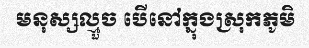
មនុស្សល្មួច បើនៅក្នុងស្រុកភូមិ